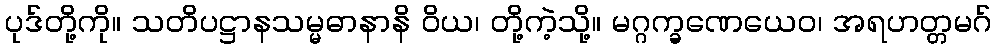
ပုဒ်တို့ကို။ သတိပဋ္ဌာနသမ္မဓာနာနိ ဝိယ၊ တို့ကဲ့သို့။ မဂ္ဂက္ခဏေယေဝ၊ အရဟတ္တမဂ်